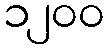
၁၂၀၀